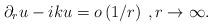
LaTeX: \begin{align*}\partial _{r}u-iku=o\left( 1/r\right) \>,r\rightarrow \infty . \end{align*}